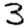
Digit: 3